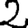
Digit: 2